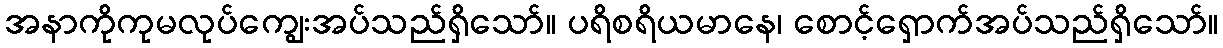
အနာကိုကုမလုပ်ကျွေးအပ်သည်ရှိသော်။ ပရိစရိယမာနေ၊ စောင့်ရှောက်အပ်သည်ရှိသော်။